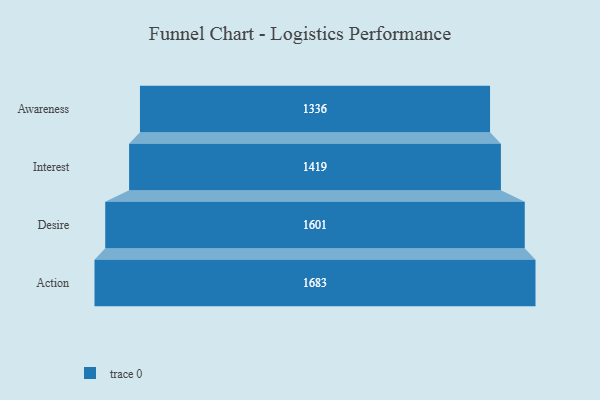
{"axis": {"x": "Stage", "y": "Value"}, "legend": [""], "data": [{"x": "Awareness", "y": 1336.0, "type": ""}, {"x": "Interest", "y": 1419.0, "type": ""}, {"x": "Desire", "y": 1601.0, "type": ""}, {"x": "Action", "y": 1683.0, "type": ""}]}